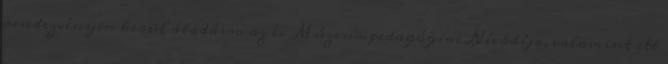
rendezvényen kerül átadásra az év Múzeumpedagógiai Nívódíja, valamint itt